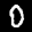
Label: 0